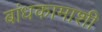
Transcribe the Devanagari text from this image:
बांधकामाशी